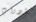
ادوات